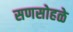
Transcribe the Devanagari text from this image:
सणसोहळे